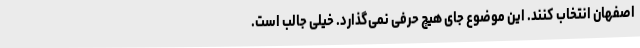
اصفهان انتخاب کنند. این موضوع جای هیچ حرفی نمی‌گذارد. خیلی جالب است.